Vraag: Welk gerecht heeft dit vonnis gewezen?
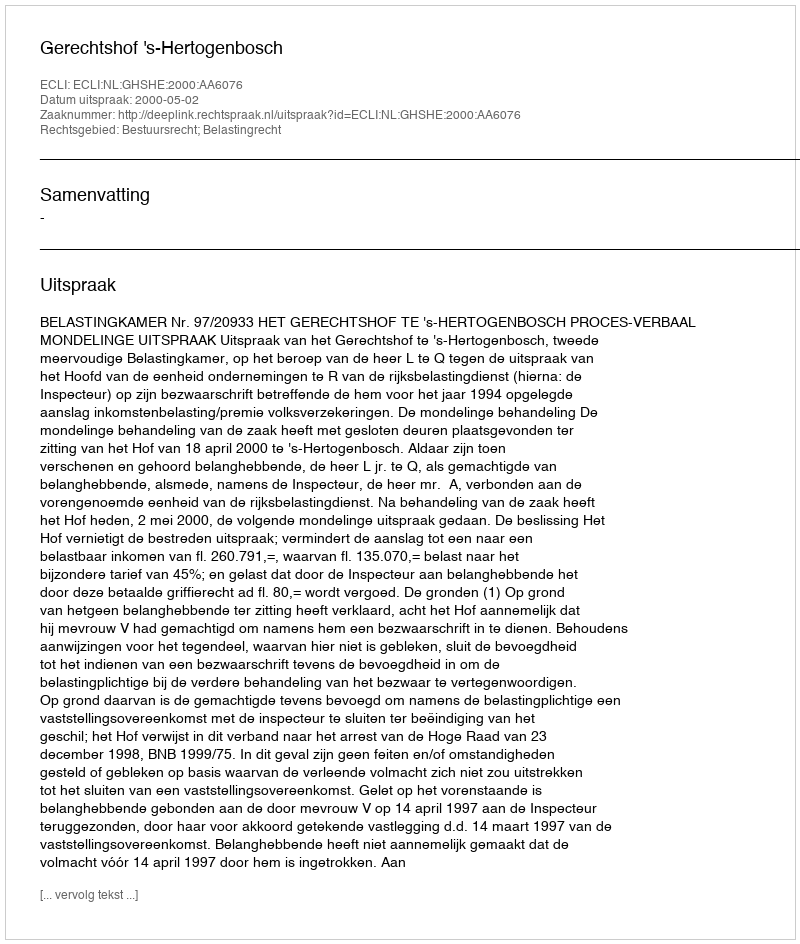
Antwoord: Gerechtshof 's-Hertogenbosch